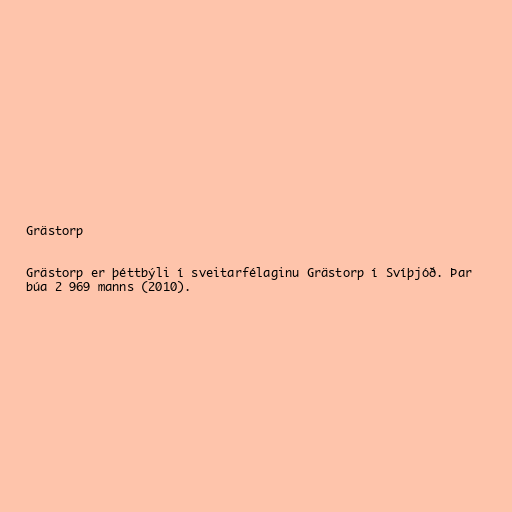
Grästorp

Grästorp er þéttbýli í sveitarfélaginu Grästorp í Svíþjóð. Þar
búa 2 969 manns (2010).